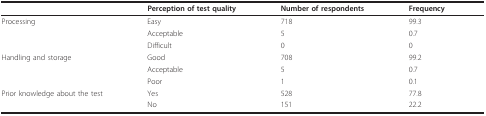
<table><thead><tr><td></td><td><b>Perception of test quality</b></td><td><b>Number of respondents</b></td><td><b>Frequency</b></td></tr></thead><tbody><tr><td>Processing</td><td>Easy</td><td>718</td><td>99.3</td></tr><tr><td></td><td>Acceptable</td><td>5</td><td>0.7</td></tr><tr><td></td><td>Difficult</td><td>0</td><td>0</td></tr><tr><td>Handling and storage</td><td>Good</td><td>708</td><td>99.2</td></tr><tr><td></td><td>Acceptable</td><td>5</td><td>0.7</td></tr><tr><td></td><td>Poor</td><td>1</td><td>0.1</td></tr><tr><td>Prior knowledge about the test</td><td>Yes</td><td>528</td><td>77.8</td></tr><tr><td></td><td>No</td><td>151</td><td>22.2</td></tr></tbody></table>